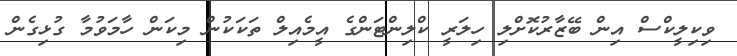
ވިކިލީކްސް އިން ބޭޒާރުކޮށްލި ހިލަރީ ކްލިންޓަންގެ އީމެއިލް ތަކަކުން މިކަން ހާމަވުމާ ގުޅިގެން